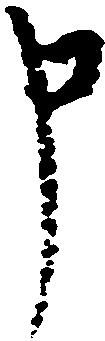
申